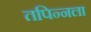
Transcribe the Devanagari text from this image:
तपिन्नला